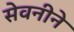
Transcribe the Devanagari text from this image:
सेवनीने